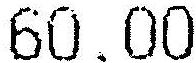
60.00